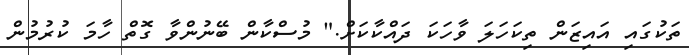
ތަކުގައި އައިޒަން ތިކަހަލަ ވާހަކަ ދައްކާކަށް." މުސްކާން ބޭނުންވާ ގޮތް ހާމަ ކުރުމުން